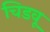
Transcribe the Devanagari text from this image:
चिडवू